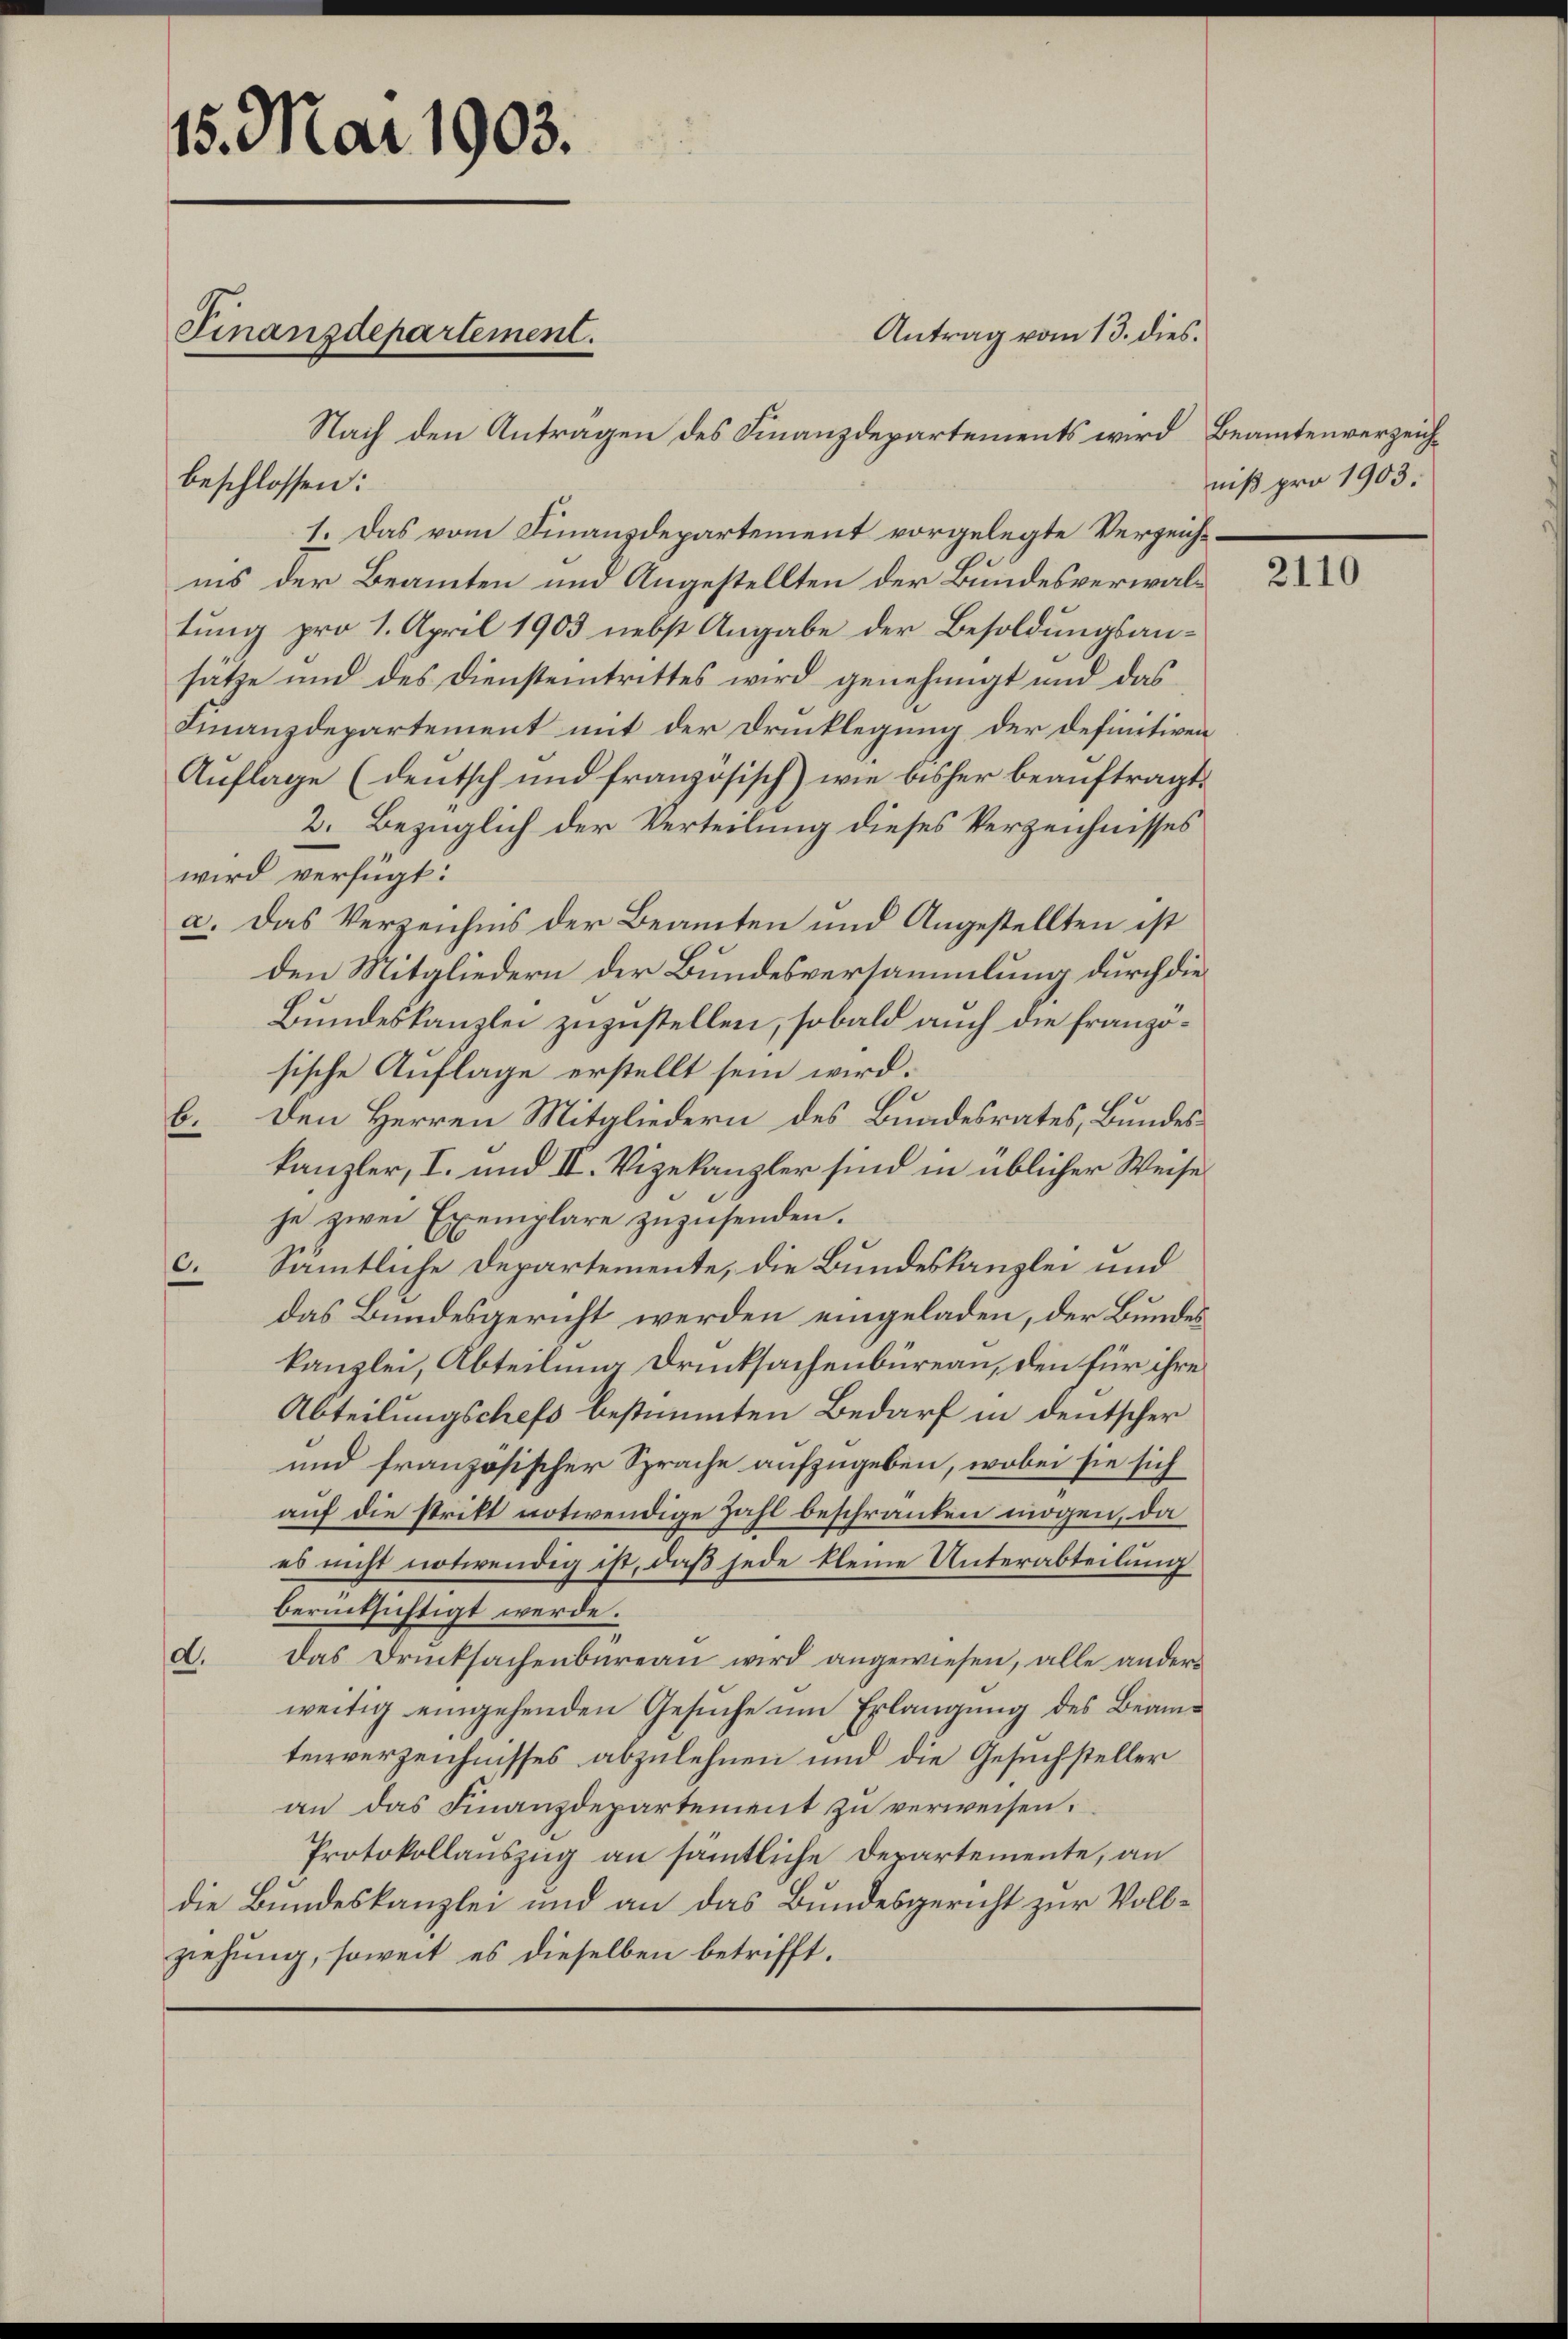
15. Mai 1903.
Finanzdepartement.

beschlossen:

Antrag vom 13. dies.

Nach den Antragen des Finanzdepartements wird Beamtenverzeich¬
1. Das vom Finanzdepartement vorgelegte Verzeichins der Beamten und Angestellten der Bundesverwaltung pro 1. April 1903 nebst Angabe der Besoldungsansätze und des Diensteintrittes wird genehmigt und das
Finanzdepartement mit der Drucklegung der definitiven
Auflage (deutsch und französisch) wie bisher beauftragt.
2. Bezüglich der Verteilung dieses Verzeichnisses
wird verfügt:
a. Das Verzeichnis der Beamten und Angestellten ist
den Mitgliedern der Bundesversammlung durch die¬
Bundeskanzlei zuzustellen, sobald auch die französische Auflage erstellt sein wird.
e
b. Den Herren Mitgliedern des Bundesrates, Bundeskanzler, I. und II. Vizekanzler sind in üblicher Weise
je zwei Exemplare zuzusenden.
c. Sämmtliche Departemente, die Bundeskanzlei und
das Bundesgericht werden eingeladen, der Bundes
kanzlei, Abteilung Drucksachenbüreau, den für ihre
Abteilungschefs bestimmten Bedarf in deutscher
und französischer Sprache aufzugeben, wobei sie sich
auf die stritt notwendige Zahl beschränken mögen, da
es nicht notwendig ist, daß jede kleine Unterabteilung
berücksichtigt werde.
a. Das Drucksachenbüreaŭ wird angewiesen, alle ander-
weitig eingehenden Gesuche um Erlangung des Beamterverzeichnisses abzulehnen und die Gesuchsteller
an das Finanzdepartement zu verweisen.
Protokollauszug an sämtliche Departemente, an
die Bundeskanzlei und an das Bundesgericht zur Vollziehung, soweit es dieselben betrifft.

niß pro 1903.

2110